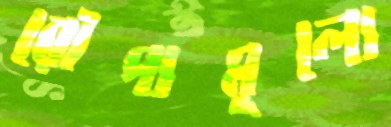
রৌপ্যমূল্যে